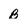
Character: b